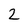
Character: 2